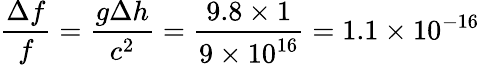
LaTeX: \frac{\Delta f}{f}=\frac{g\Delta h}{c^{2}}=\frac{9.8\times 1}{9\times 10^{16}}=1.1\times 10^{-16}